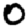
Digit: 0